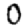
Digit: 0